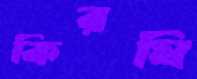
কিরঘি